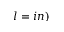
l = i n )